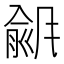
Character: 𫖾